Statistical return of the lunatic asylum in Assam - 1912-1932
Year: 1912
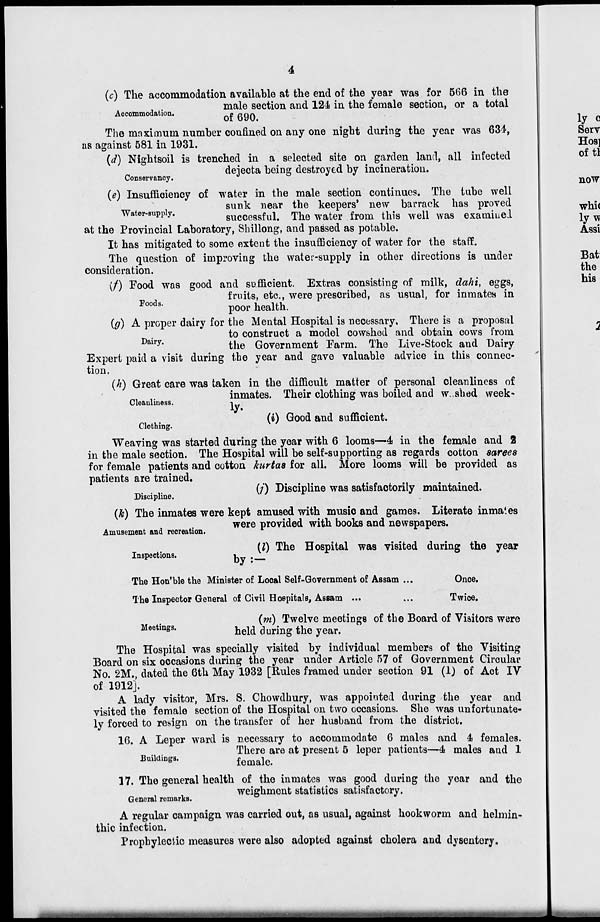
T
4
(c) The accommodation available at the end of the year was for 566 in the
. .
male section and 124 in the female section, or a total
Accommodation.
» f»q/\
The mnximum number confined on any one night during the year was 634,
as against 581 in 1931.
(d) Nightsoil is trenched in a selected site on garden land, all infected
deiecta being destroyed by incineration.
Conservancy.
"
°
"
"
(e) Insufficiency of water in the male section continues. The tube well
sunk near the keepers* new barrack has proved
Water-supp y.
successful. The water from this well was examined
at the Provincial Laboratory, Shillong, and passed as potable.
It has mitigated to some extent the insufficiency of water for the staff.
The question of improving the water-supply in other directions is under
consideration.
(/) Food was good and sufficient. Extras consisting of milk, dahi, eggs,
fruits, etc., were prescribed, as usual, for inmates in
poor health.
(g) A proper dairy for the Mental Hospital is necessary, There is a proposal
to construct a model cowshed and obtain cows from
airy *
the Government Farm. The Live-Stock and Dairy
Expert paid a visit during the year and gave valuable advice in this connec-
tion.
(h) Great care was taken in the difficult matter of personal cleanliness of
„, ,.
inmates. Their clothing was boiled and washed week-
Cleanliness.
i
, ,.
(i) Good and sufficient.
Clothing.
v '
Weaving was started during the year with 6 looms—4 in the female and 2
in the male section. The Hospital will be self-supporting as regards cotton sarees
for female patients and cotton kurtaa for all. More looms will be provided as
patients are trained.
. . ,.
(/) Discipline was satisfactorily maintained.
Discipline.
(h) The inmates were kept amused with music and games. Literate inma'.es
were provided with books and newspapers.
Foods.
Amusement and recreation.
Inspections.
(I) The Hospital was visited during the year
by :—
The Hon'ble the Minister of Local Self-Government of Assam ...
The Inspector General of Civil Hospitals, Assam ...
Once.
Twice.
Meetings.
(m) Twelve meetings of the Board of Visitors were
held during the year.
The Hospital was specially visited by individual members of the Visiting
Board on six occasions during the year under Article 57 of Government Circular
No. 2M., dated the 6th May 1932 [Eules framed under section 91 (1) of Act IV
of 1912].
A lady visitor, Mrs. S. Chowdhury, was appointed during the year and
visited the female section of the Hospital on two occasions. She was unfortunate-
ly forced to resign on the transfer of her husband from the district.
16. A Leper w T ard is necessary to accommodate 6 males and 4 females.
, .
There are at present 5 leper patients—4* males and 1
Buildings.
female
17. The general health of the inmates was good during the year and the
weighment statistics satisfactory.
General remarks.
*
A regular campaign was carried out, as usual, against hookworm and helmin-
thic infection.
Propbylectic measures were also adopted against cholera and dysentery.